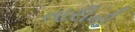
તારીની